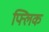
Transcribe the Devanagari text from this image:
फ्‍लिक